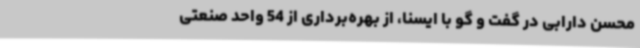
محسن دارابی در گفت و گو با ایسنا، از بهره‌برداری از 54 واحد صنعتی